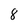
Character: 8